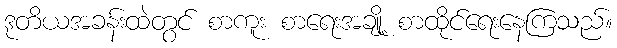
ဒုတိယအခန်းထဲတွင် စာကူး စာရေးအချို့ စာထိုင်ရေးနေကြသည်။